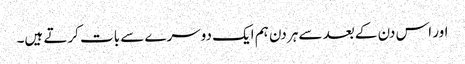
اور اس دن کے بعد سے ہر دن ہم ایک دوسرے سے بات کرتے ہیں۔